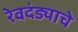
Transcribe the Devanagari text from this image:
रेवदंड्याचे